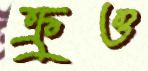
ক্রুও